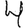
Digit: 4